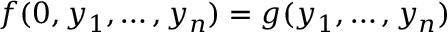
f ( 0 , y _ { 1 } , \ldots , y _ { n } ) = g ( y _ { 1 } , \ldots , y _ { n } )